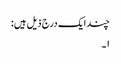
چند ایک درج ذیل ہیں:
۱۔